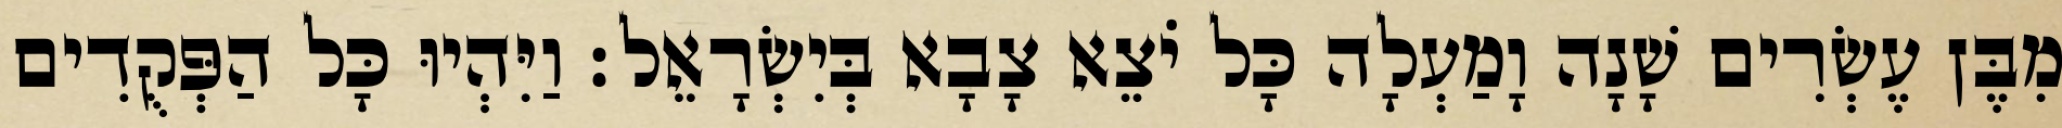
מִבֶּן עֶשְׂרִים שָׁנָה וָמַעְלָה כָּל יֹצֵא צָבָא בְּיִשְׂרָאֵל׃ וַיִּהְיוּ כָּל הַפְּקֻדִים